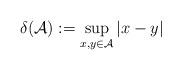
LaTeX: \begin{align*} \delta(\mathcal{A}) := \sup_{x, y \in \mathcal{A}} |x - y|\end{align*}